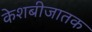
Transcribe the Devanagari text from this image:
केशबीजातक